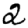
Digit: 2